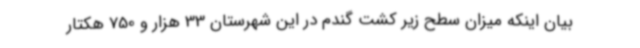
بیان اینکه میزان سطح زیر کشت گندم در این شهرستان 33 هزار و 750 هکتار